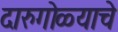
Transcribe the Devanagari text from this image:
दारुगोळ्याचे